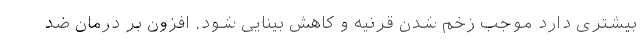
بیشتری دارد موجب زخم شدن قرنیه و کاهش بینایی شود. افزون بر درمان ضد